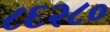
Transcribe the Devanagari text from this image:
८६२८०